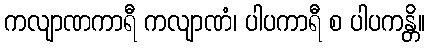
ကလျာဏကာရီ ကလျာဏံ၊ ပါပကာရီ စ ပါပကန္တိ။